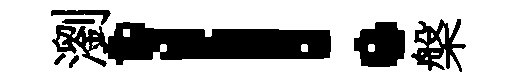
瀏！槃